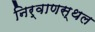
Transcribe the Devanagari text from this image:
निर्वाणस्थल